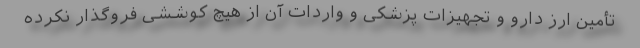
تأمین ارز دارو و تجهیزات پزشکی و واردات آن از هیچ کوششی فروگذار نکرده